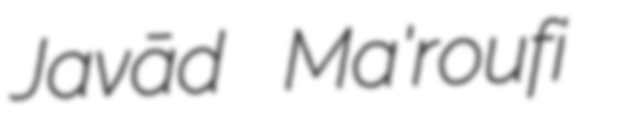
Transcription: Javād Ma'roufi